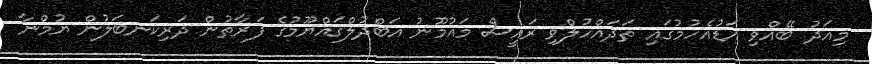
މިއަދު ބޭއްވި އަޑުއެހުމުގައި ތަދައްހުލްވި ރައީސް މައުމޫނު އަބްދުލްގައްޔޫމުގެ ފަރާތުން ދަރިކަނބަލުން ޔުމްނާ